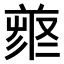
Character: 𠭳